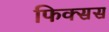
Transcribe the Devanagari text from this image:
फिक्सस